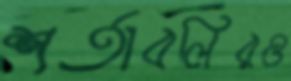
শর্তাবলিরও